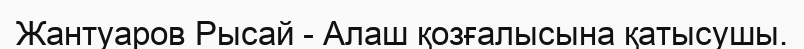
Жантуаров Рысай - Алаш қозғалысына қатысушы.